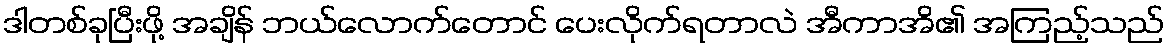
ဒါတစ်ခုပြီးဖို့ အချိန် ဘယ်လောက်တောင် ပေးလိုက်ရတာလဲ အီကာအိ၏ အကြည့်သည်